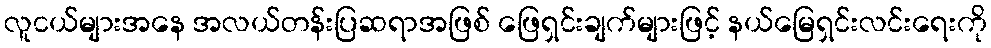
လူငယ်များအနေ အလယ်တန်းပြဆရာအဖြစ် ဖြေရှင်းချက်များဖြင့် နယ်မြေရှင်းလင်းရေးကို